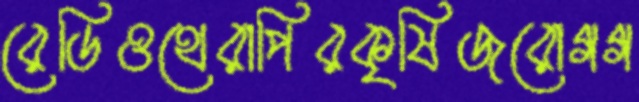
রেডিওথেরাপিরকৃষিজরোগগ